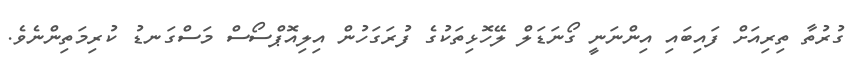
ގުރުތާ ތިރިއަށް ފައިބައި އިންނަނީ ގޯނަޑަލް ލޭހޮޅިތަކުގެ ފުރަގަހުން އިލިއޮޕްސޯސް މަސްގަނޑު ކުރިމަތިންނެވެ.